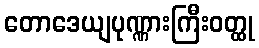
တောဒေယျပုဏ္ဏားကြီးဝတ္ထု